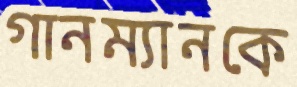
গানম্যানকে